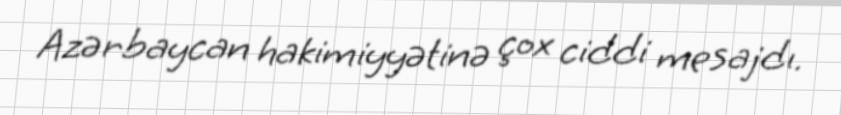
Azərbaycan hakimiyyətinə çox ciddi mesajdı.